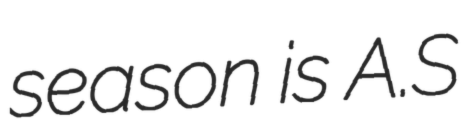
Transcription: season is A.S